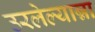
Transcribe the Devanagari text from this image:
उरलेल्यान्ना